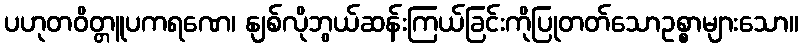
ပဟုတဝိတ္တူပကရဏေ၊ နျစ်လိုဘွယ်ဆန်းကြယ်ခြင်းကိုပြုတတ်သောဥစ္စာများသော။